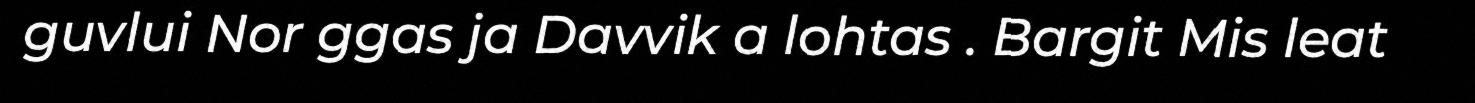
guvlui Nor ggas ja Davvik a lohtas . Bargit Mis leat